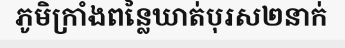
ភូមិក្រាំងពន្លៃឃាត់បុរស២នាក់